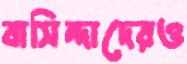
বাসিন্দাদেরও